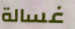
غسالة